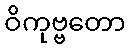
ဝိကုဗ္ဗတော